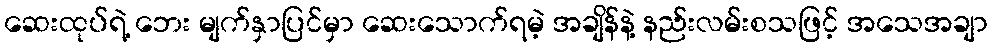
ဆေးထုပ်ရဲ့ ဘေး မျက်နှာပြင်မှာ ဆေးသောက်ရမဲ့ အချိန်နဲ့ နည်းလမ်းစသဖြင့် အသေအချာ